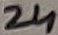
Text: 24